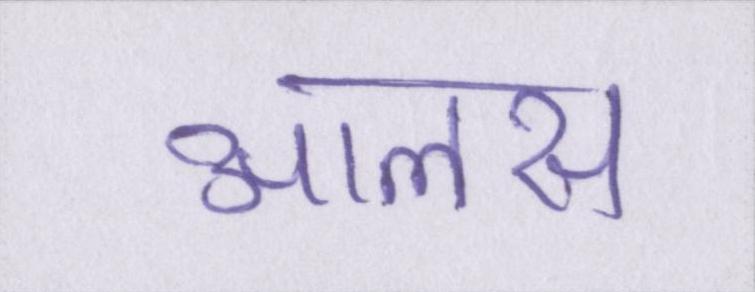
आलस